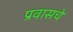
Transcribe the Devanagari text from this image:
प्रवासचे